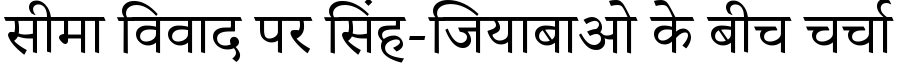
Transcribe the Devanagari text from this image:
सीमा विवाद पर सिंह-जियाबाओ के बीच चर्चा